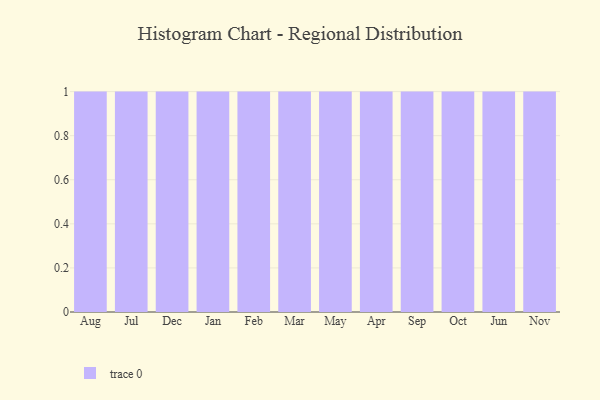
{"axis": {"x": "Month", "y": "Satisfaction Score"}, "legend": [""], "data": [{"x": "Aug", "y": 30, "type": ""}, {"x": "Jul", "y": 90, "type": ""}, {"x": "Dec", "y": 88, "type": ""}, {"x": "Jan", "y": 43, "type": ""}, {"x": "Feb", "y": 84, "type": ""}, {"x": "Mar", "y": 53, "type": ""}, {"x": "May", "y": 62, "type": ""}, {"x": "Apr", "y": 15, "type": ""}, {"x": "Sep", "y": 20, "type": ""}, {"x": "Oct", "y": 14, "type": ""}, {"x": "Jun", "y": 27, "type": ""}, {"x": "Nov", "y": 8, "type": ""}]}